Report on vaccination in Madras 1922-1929 - 1922-1929
Year: 1922
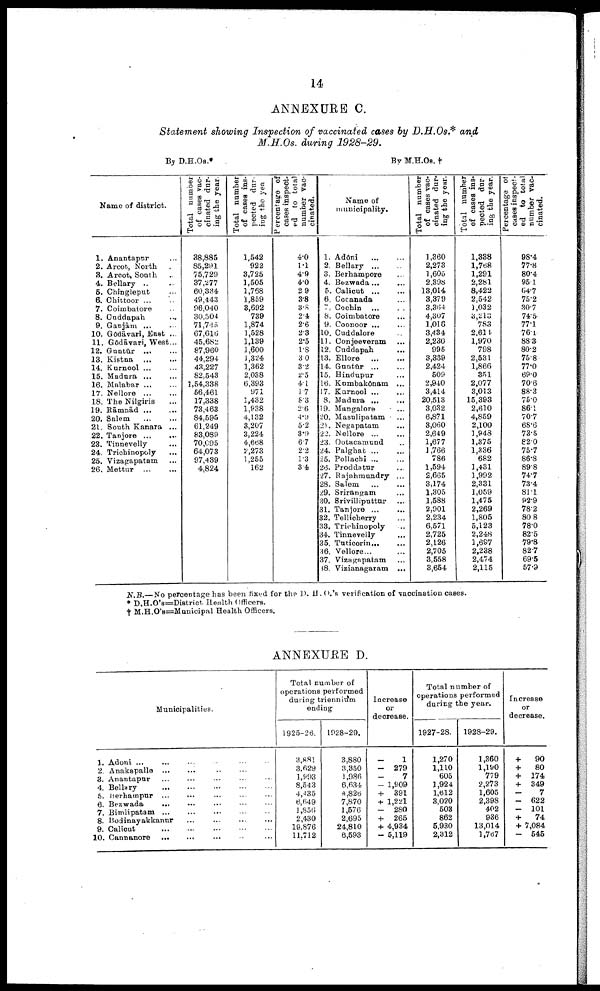
14
ANNEXURE C.
Statement showing Inspection of vaccinated cases by D.H.Os.* and
M.H.Os. during 1928-29.
By D.H.Os.*
By M.H.Os. †
Name of district.
1.
2.
3.
4.
5.
6.
7.
8.
9.
10.
11.
12.
13.
14.
15.
16.
17.
16.
19.
20.
21.
22.
23.
24.
25.
26.
Anantapur ...
Arcot, North ...
Arcot, South ...
Bellary ... ...
Chingleput ...
Chittoor ... ...
Coimbatore ...
Cuddapah
...
Ganjām ... ...
Gōdāvari, East ...
Gōdāvari, West...
Guntūr
...
...
Kistna
...
...
Kurnool
...
...
Madura ... ...
Malabar
...
...
Nellore
...
...
The Nilgiris ...
Rāmnād
...
...
Salem
...
...
South Kanara ...
Tanjore
...
...
Tinnevelly ... ...
Trichinopoly ...
Vizagapatam ...
Mettur
...
...
Total number
of cases vac
cinated dur
ing the year
38,885
85,291
75,729
37,277
60,334
49,443
96,040
30,504
71,745
67,616
45,682
87,960
44,294
43,227
82,543
1,54,338
56,461
17,338
73,463
84,595
61,249
83,089
70,095
64,073
97,439
4,824
Total number
of cases ins
pected dur
ing the yea
1,542
922
3,725
1,505
1,768
1,859
3,692
739
1,874
1,528
1,139
1,600
1,324
1,362
2,038
6,393
971
1,432
1,938
4,132
3,207
3,224
4,668
2,273
1,255
162
Percentage of
cases inspect
ed to total
number vac
cinated.
4.0
1.1
4.9
4.0
2.9
3.8
3.8
2.4
2.6
2.3
2.5
1.8
3.0
3.2
2.5
4.1
1.7
8.3
2.6
4.9
5.2
3.9
6.7
2.2
1.3
3.4
Name of
municipality.
1.
2.
3.
4.
5.
6.
7.
8.
9.
10.
11.
12.
13.
14.
15.
16.
17.
8.
19.
20.
21.
22.
23.
24.
25.
26.
27.
28.
29.
30.
31.
32.
33.
34.
35.
36.
37.
38.
Adōni
...
...
Bellary
...
...
Berhampore ...
Bezwada ... ...
Calicut
...
...
Cocanada ...
Cochin ...
...
Coimbatore ...
Coonoor
...
...
Cuddalore ...
Conjeeveram ...
Cuddapah ...
Ellore
...
...
Guntūr ... ...
Hindupur ...
Kumbakōnam ...
Kurnool
...
...
Madura
...
...
Mangalore
...
Masulipatam
...
Negapatam ...
Nellore
...
...
Ootacamund ...
Palghat
...
...
Pollachi
...
...
Proddatur ... ...
Rajahmundry ...
Salem
...
...
Srirangam ...
Srivilliputtur ...
Tanjore
...
...
Tellicherry ...
Trichinopoly ...
Tinnevelly ... ...
Tuticorin ... ...
Vellore ... ...
Vizagapatam...
Vizianagaram ...
Total number
of cases vac
cinated dur
ing the year.
1,360
2,273
1,605
2,398
13,014
3,379
3,364
4,307
1,016
3,434
2,230
995
3,339
2,424
509
2,940
3,414
20,513
3,032
6,871
3,060
2,649
1,677
1,766
786
1,594
2,665
3,174
1,305
1,588
2,901
2,234
6,571
2,725
2,126
2,705
3,558
3,654
Total number
of cases ins
pected dur
ing the year.
1,338
1,768
1,291
2,281
8,422
2,542
1,032
3,213
783
2,614
1,970
798
2,531
1,866
351
2,077
3,013
15,393
2,610
4,859
2,100
1,948
1,375
1,336
682
1,431
1,992
2,331
1,059
1,475
2,269
1,805
5,123
2,248
1,697
2,238
2,474
2,115
Percentage of
cases inspect¬
ed to total
number vac
cinated.
98.4
77.8
80.4
95.1
64.7
75.2
30.7
74.5
77.1
76.1
88.3
80.2
75.8
77.0
69.0
70.6
88.3
75.0
86.1
70.7
68.6
73.5
82.0
75.7
86.8
89.8
74.7
73.4
81.1
92.9
78.2
80.8
78.0
82.5
79.8
82.7
69.5
57.9
N.B.—No percentage has been fixed for the D. H. O.'S verification of vaccination cases.
* D.H.O's=District Health Officers.
† M.H.O's=Municipal Health Officers.
ANNEXURE D.
Municipalities.
1.
2.
3.
4.
5.
6.
7.
8.
9.
10.
Adoni ... ... ... ... ...
Anakapalle...
...
...
...
...
Anantapur ... ... ... ... ...
Bellary
...
...
...
...
...
Berhampur ... ... ... ... ...
Bezwada
... ... ... ... ...
Bimlipatam ... ... ... ... ...
Bodinayakkanur ... ... ... ...
Calicut
...
...
...
...
...
Cannanore ... ... ... ... ...
Total number of
operations performed
during triennium
ending
1925-26.
3,881
3,629
1,993
8,543
4,435
6,649
1 ,856
2,430
19,876
11,712
1928-29.
3,880
3,350
1,986
6,634
4,826
7,870
1,576
2,695
24,810
6,593
Increase
or
decrease.
-1
-
279
-7
-1,909
+ 391
+ 1,221
-
280
+ 265
+ 4,934
- 5,119
Total number of
operations performed
during the year.
1927-28.
1,270
1,110
605
1,924
1,612
3,020
503
862
5,930
2,312
1928-29.
1,360
1,190
779
2,273
1,605
2,398
402
936
13,014
1,767
Increase
or
decrease.
+
90
+
80
+ 174
+ 349
-
7
-
622
-
101
+
74
+ 7,084
-
545